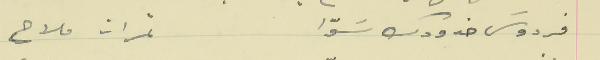
فردوسَ خدودك سَوّا                                   ثمرات ملاح